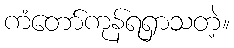
ကံတော်ကုန်ရရှာသတဲ့။